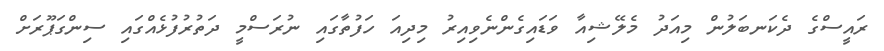
ރައީސްގެ ދެކަނބަލުން މިއަދު މެލޭޝިއާ ވަޑައިގެންނެވިއިރު މިދިއަ ހަފުތާގައި ނުރަސްމީ ދަތުރުފުޅެއްގައި ސިންގަޕޫރަށް